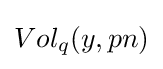
Vol_{q}(y,pn)